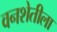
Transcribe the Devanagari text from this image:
वनशेतीला